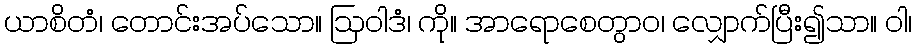
ယာစိတံ၊ တောင်းအပ်သော။ ဩဝါဒံ၊ ကို။ အာရောစေတွာဝ၊ လျှောက်ပြီး၍သာ။ ဝါ၊